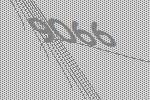
9066